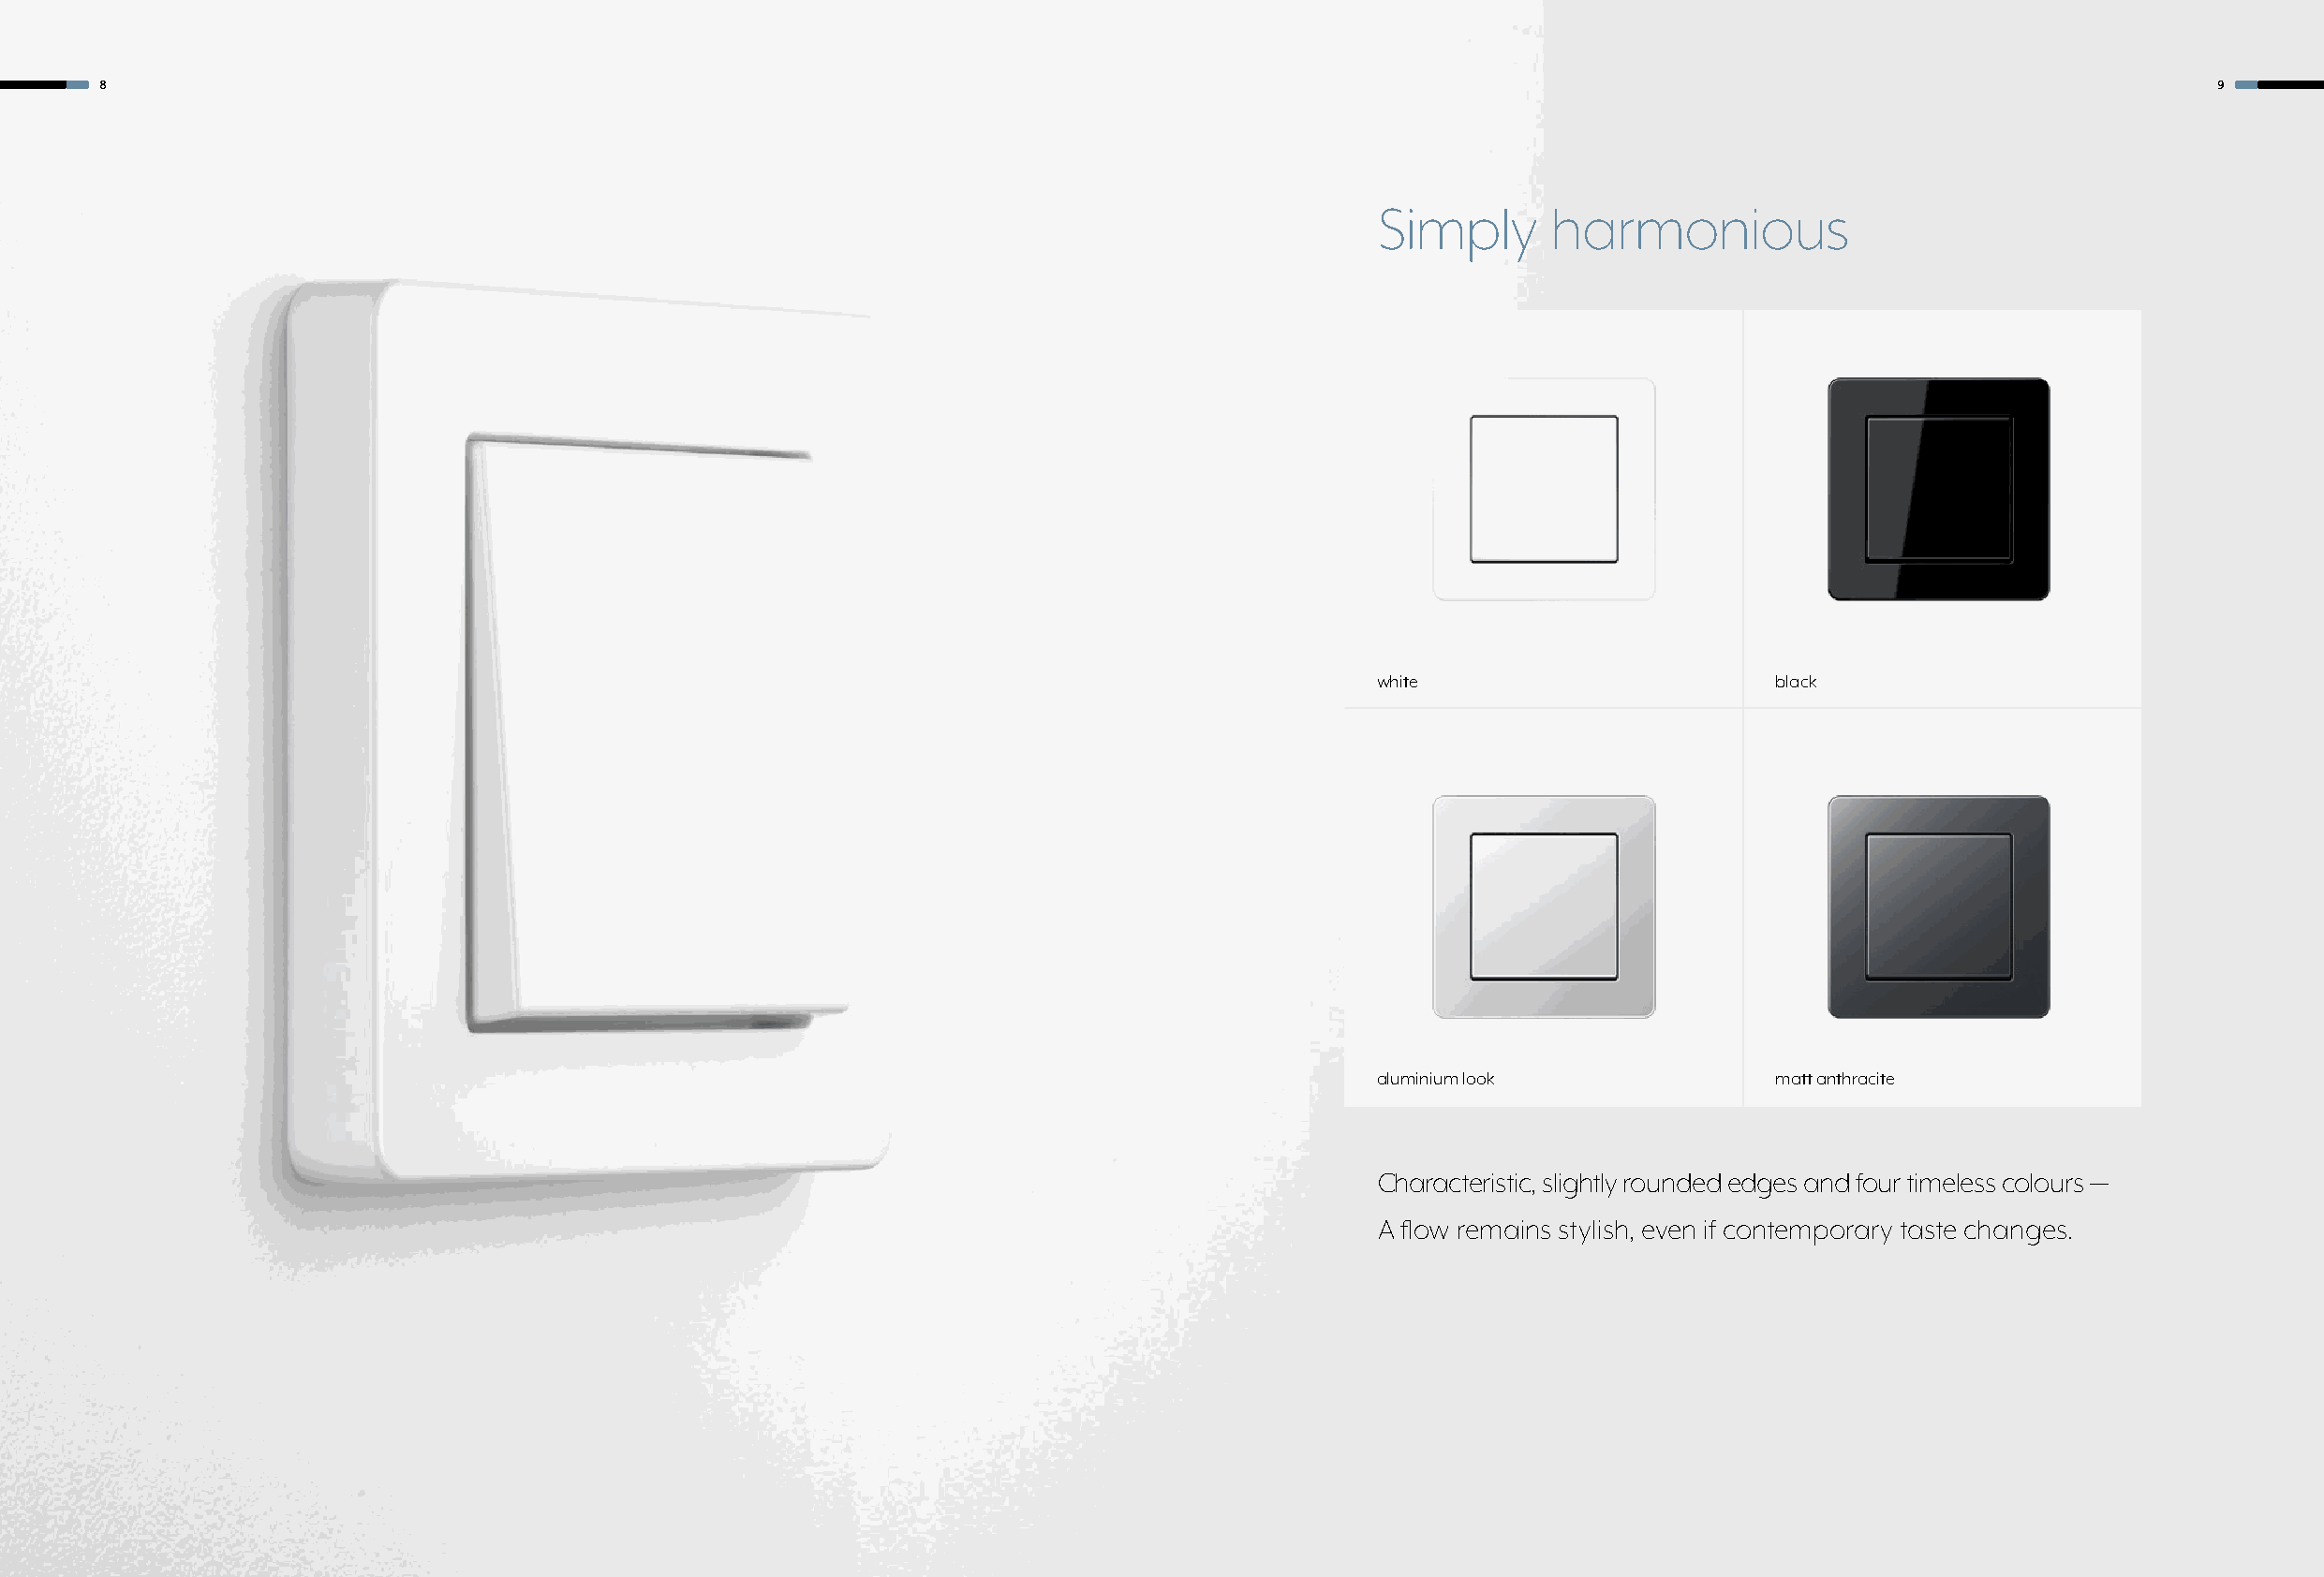
8                                                                                                                                                     9
 Simply       harmonious
 white                       black
 aluminium look              matt anthracite
 Characteristic, slightly rounded edges and four timeless colours —
 A flow remains stylish, even if contemporary taste changes.